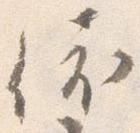
依